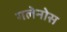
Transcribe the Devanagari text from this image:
गलेनोस